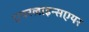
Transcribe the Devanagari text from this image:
एयरलाइन्सएयर